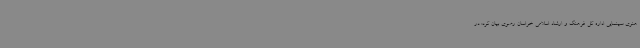
هنری سینمایی اداره کل فرهنگ و ارشاد اسلامی خراسان رضوی بیان کرد: در